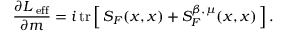
\frac { \partial { \cal L } _ { \mathrm { \scriptsize ~ e f f } } } { \partial m } = i \, \mathrm { t r } \left[ \, S _ { F } ( x , x ) + S _ { F } ^ { \beta , \mu } ( x , x ) \, \right] .